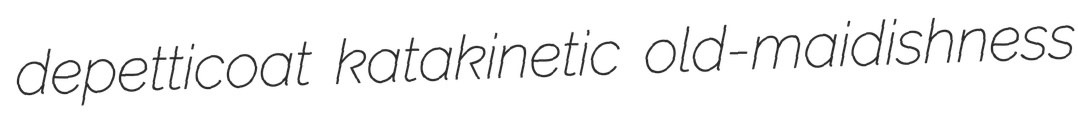
depetticoat katakinetic old-maidishness